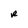
Character: R